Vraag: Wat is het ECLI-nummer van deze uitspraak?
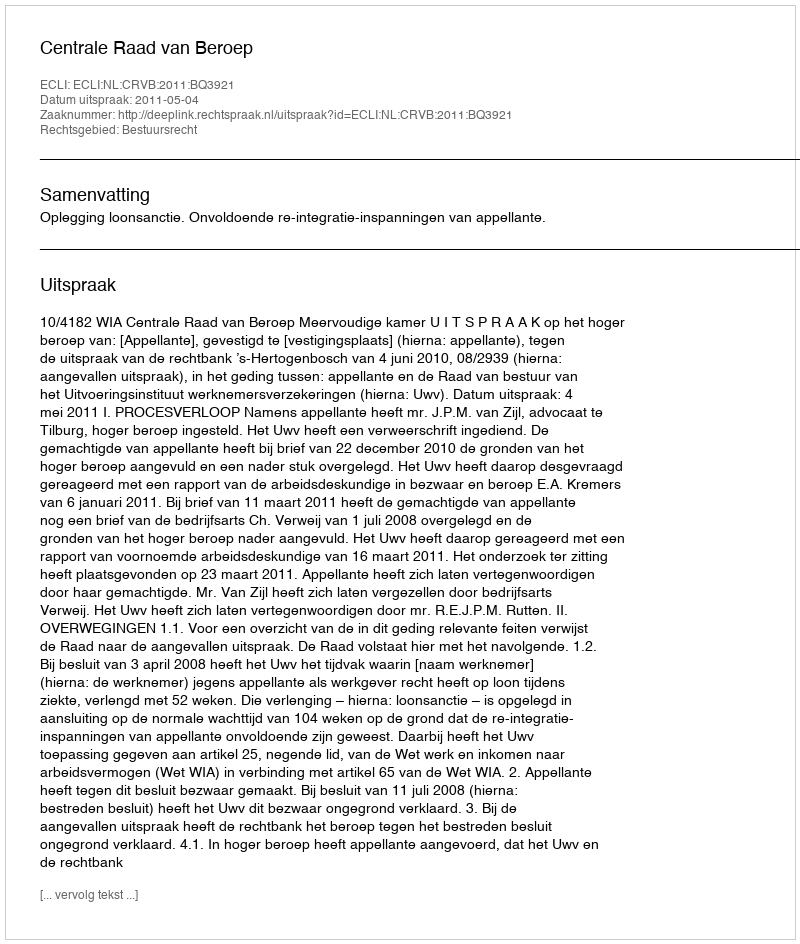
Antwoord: ECLI:NL:CRVB:2011:BQ3921